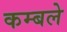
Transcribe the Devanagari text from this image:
कम्बले